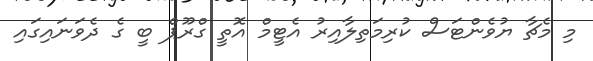
މި މެޗާ ޔުވެންޓަސް ކުރިމަތިލާއިރު އެޓީމް އޮތީ ގްރޫޕް ބީ ގެ ދެވަނައިގައި